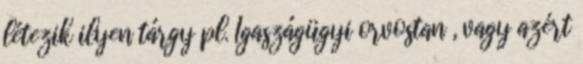
létezik ilyen tárgy pl. Igaszágügyi orvostan , vagy azért